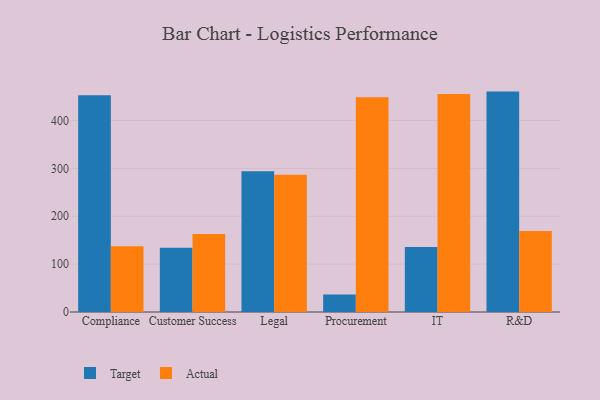
{"axis": {"x": "Department", "y": "Net Income (USD K)"}, "legend": ["Actual", "Target"], "data": [{"x": "Compliance", "y": 452.6, "type": "Target"}, {"x": "Compliance", "y": 137.4, "type": "Actual"}, {"x": "Customer Success", "y": 134.0, "type": "Target"}, {"x": "Customer Success", "y": 163.0, "type": "Actual"}, {"x": "Legal", "y": 294.2, "type": "Target"}, {"x": "Legal", "y": 286.6, "type": "Actual"}, {"x": "Procurement", "y": 36.3, "type": "Target"}, {"x": "Procurement", "y": 448.8, "type": "Actual"}, {"x": "IT", "y": 135.6, "type": "Target"}, {"x": "IT", "y": 455.3, "type": "Actual"}, {"x": "R&D", "y": 460.4, "type": "Target"}, {"x": "R&D", "y": 169.0, "type": "Actual"}]}